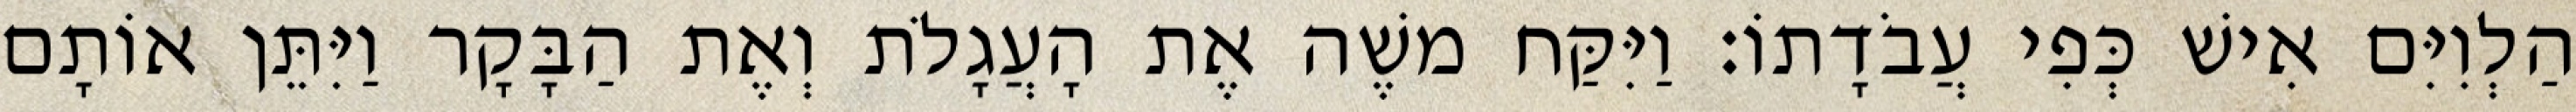
הַלְוִיִּם אִישׁ כְּפִי עֲבֹדָתוֹ׃ וַיִּקַּח משֶׁה אֶת הָעֲגָלֹת וְאֶת הַבָּקָר וַיִּתֵּן אוֹתָם